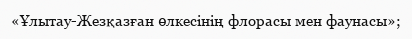
«Ұлытау-Жезқазған өлкесінің флорасы мен фаунасы»;